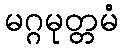
မဂ္ဂမုတ္တမံ